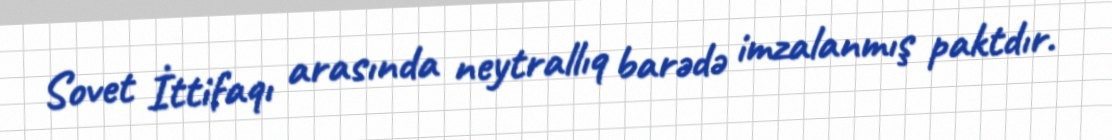
Sovet İttifaqı arasında neytrallıq barədə imzalanmış paktdır.